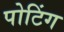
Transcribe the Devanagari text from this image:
पोटिंग